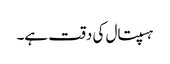
ہسپتال کی دقت ہے۔